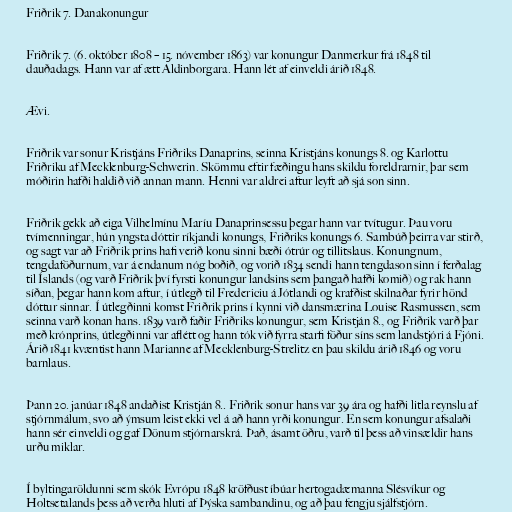
Friðrik 7. Danakonungur

Friðrik 7. (6. október 1808 – 15. nóvember 1863) var konungur Danmerkur frá 1848 til
dauðadags. Hann var af ætt Aldinborgara. Hann lét af einveldi árið 1848.

Ævi.

Friðrik var sonur Kristjáns Friðriks Danaprins, seinna Kristjáns konungs 8. og Karlottu
Friðriku af Mecklenburg-Schwerin. Skömmu eftir fæðingu hans skildu foreldrarnir, þar sem
móðirin hafði haldið við annan mann. Henni var aldrei aftur leyft að sjá son sinn.

Friðrik gekk að eiga Vilhelmínu Maríu Danaprinsessu þegar hann var tvítugur. Þau voru
tvímenningar, hún yngsta dóttir ríkjandi konungs, Friðriks konungs 6. Sambúð þeirra var stirð,
og sagt var að Friðrik prins hafi verið konu sinni bæði ótrúr og tillitslaus. Konungnum,
tengdaföðurnum, var á endanum nóg boðið, og vorið 1834 sendi hann tengdason sinn í ferðalag
til Íslands (og varð Friðrik því fyrsti konungur landsins sem þangað hafði komið) og rak hann
síðan, þegar hann kom aftur, í útlegð til Fredericiu á Jótlandi og krafðist skilnaðar fyrir hönd
dóttur sinnar. Í útlegðinni komst Friðrik prins í kynni við dansmærina Louise Rasmussen, sem
seinna varð konan hans. 1839 varð faðir Friðriks konungur, sem Kristján 8., og Friðrik varð þar
með krónprins, útlegðinni var aflétt og hann tók við fyrra starfi föður síns sem landstjóri á Fjóni.
Árið 1841 kvæntist hann Marianne af Mecklenburg-Strelitz en þau skildu árið 1846 og voru
barnlaus.

Þann 20. janúar 1848 andaðist Kristján 8.. Friðrik sonur hans var 39 ára og hafði litla reynslu af
stjórnmálum, svo að ýmsum leist ekki vel á að hann yrði konungur. En sem konungur afsalaði
hann sér einveldi og gaf Dönum stjórnarskrá. Það, ásamt öðru, varð til þess að vinsældir hans
urðu miklar.

Í byltingaröldunni sem skók Evrópu 1848 kröfðust íbúar hertogadæmanna Slésvíkur og
Holtsetalands þess að verða hluti af Þýska sambandinu, og að þau fengju sjálfstjórn.